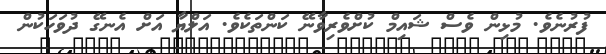
ފުރުނެވެ. މުޅިން ވެސް ޝައިމް ކުށްވެރިވާނޭ ކަންތަކެވެ. އަލްޔާ އަށް އެނގޭ ދުވަހަކުން